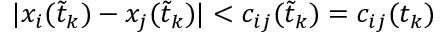
| x _ { i } ( \tilde { t } _ { k } ) - x _ { j } ( \tilde { t } _ { k } ) | < c _ { i j } ( \tilde { t } _ { k } ) = c _ { i j } ( t _ { k } )